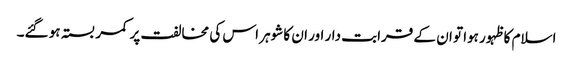
اسلام کا ظہور ہوا تو ان کے قرابت دار اور ان کا شوہر اس کی مخالفت پر کمر بستہ ہو گئے۔